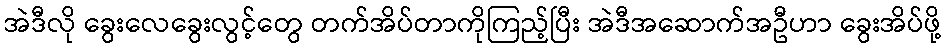
အဲဒီလို ခွေးလေခွေးလွင့်တွေ တက်အိပ်တာကိုကြည့်ပြီး အဲဒီအဆောက်အဦဟာ ခွေးအိပ်ဖို့